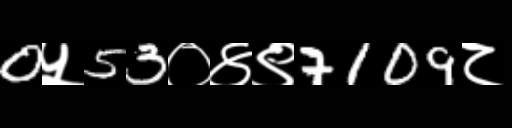
Text: 0५53०४९7109८